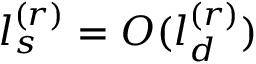
l _ { s } ^ { ( r ) } = O ( l _ { d } ^ { ( r ) } )